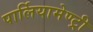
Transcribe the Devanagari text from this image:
पार्लियामेण्ट्री